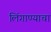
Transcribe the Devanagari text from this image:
लिंगाण्याचा